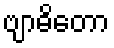
ဗျာဓိတော